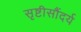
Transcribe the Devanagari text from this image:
सृष्टीसौंदर्य